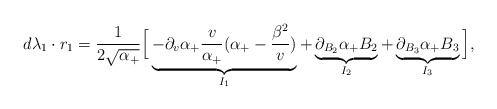
\begin{align*}\begin{aligned}d\lambda_1\cdot r_1 =\frac{1}{2\sqrt{\alpha_+}}\Big[\underbrace{-\partial_v\alpha_+ \frac{v}{\alpha_+}(\alpha_+-\frac{\beta^2}{v})}_{I_1} +\underbrace{\partial_{B_2}\alpha_+ B_2}_{I_2} +\underbrace{\partial_{B_3}\alpha_+ B_3}_{I_3} \Big],\end{aligned}\end{align*}